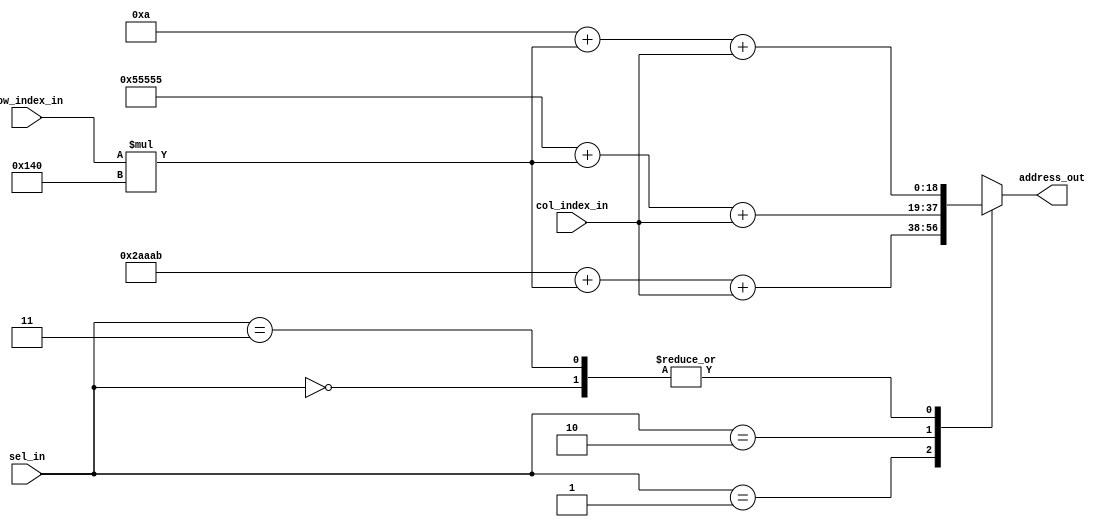

module address_map
	(	input wire [1:0]  sel_in,
		input wire[18:0]  col_index_in,
		input wire[18:0]  row_index_in,
		output wire [18:0] address_out
	);
	
	
	localparam array_wid=19'd320;
	localparam array_hgt=19'd240;
	
	localparam 	LEFT_IMAGE 		= 19'd10,
					RIGHT_IMAGE		= 19'd174763,
					DISP_IMAGE		= 19'd349525;
	
	reg [31:0] address;
	
	always@*
	begin
		case(sel_in)
		2'b00:
		begin
			address=LEFT_IMAGE+(row_index_in*(array_wid))+col_index_in;
		end
		2'b01:
		begin
			address=RIGHT_IMAGE+(row_index_in*(array_wid))+col_index_in;
		end
		2'b10:
		begin
			address=DISP_IMAGE+(row_index_in*(array_wid))+col_index_in;
		end
		2'b11:
		begin
			address=LEFT_IMAGE+(row_index_in*(array_wid))+col_index_in;
		end
		default:
		begin
			
		end
		endcase
	end
	
	assign address_out=address[18:0];
	
		
endmodule